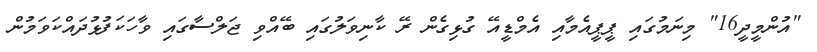
"އުންމީދީ16" މިނަމުގައި ޕީޕީއެމާއި އެމްޑީއޭ ގުޅިގެން ރޭ ކާނިވަލުގައި ބޭއްވި ޖަލްސާގައި ވާހަކަފުޅުދައްކަވަމުން